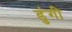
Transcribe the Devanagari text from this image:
डुंगी